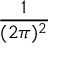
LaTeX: \frac { 1 } { ( 2 \pi ) ^ { 2 } }